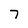
Character: 7